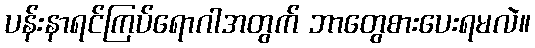
ပန်းနာရင်ကြပ်ရောဂါအတွက် ဘာတွေစားပေးရမလဲ။